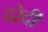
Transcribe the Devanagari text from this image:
दरेदी